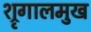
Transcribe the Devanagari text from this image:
श्रृगालमुख